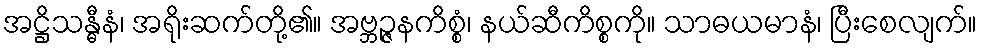
အဋ္ဌိသန္ဓီနံ၊ အရိုးဆက်တို့၏။ အဗ္ဘဉ္ဇနကိစ္စံ၊ နယ်ဆီကိစ္စကို။ သာဓယမာနံ၊ ပြီးစေလျက်။